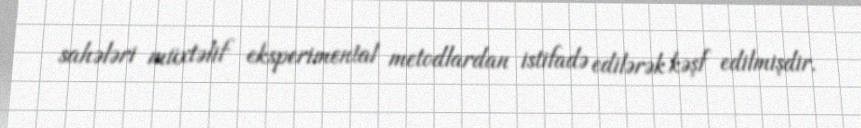
sahələri müxtəlif eksperimental metodlardan istifadə edilərək kəşf edilmişdir.